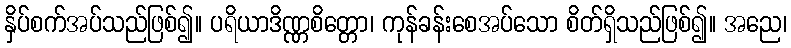
နှိပ်စက်အပ်သည်ဖြစ်၍။ ပရိယာဒိဏ္ဏစိတ္တော၊ ကုန်ခန်းစေအပ်သော စိတ်ရှိသည်ဖြစ်၍။ အညေ၊